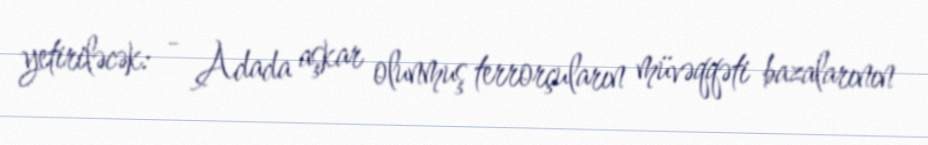
yetiriləcək: - Adada aşkar olunmuş terrorçuların müvəqqəti bazalarının